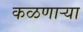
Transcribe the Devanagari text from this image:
कळणाऱ्या